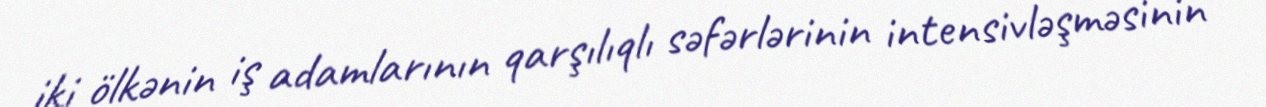
iki ölkənin iş adamlarının qarşılıqlı səfərlərinin intensivləşməsinin